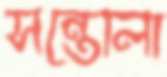
সন্তোলা